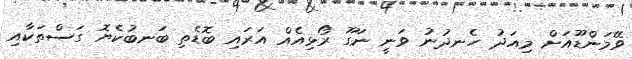
ވޭމަންޑޫއަށް މިއަދު ހެނދުނު ވަނީ ނަގޫ ރޯޅިއެއް އަރައި ބޮޑެތި ބަނބުކެޔޮ ގަސްތަކާއި